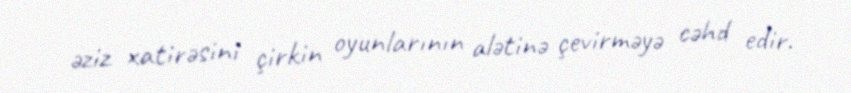
əziz xatirəsini çirkin oyunlarının alətinə çevirməyə cəhd edir.